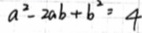
a ^ { 2 } - 2 a b + b ^ { 2 } = 4